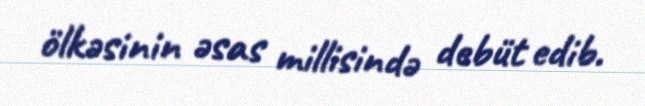
ölkəsinin əsas millisində debüt edib.